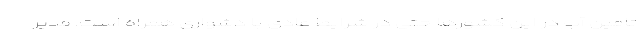
تامین آب در این کشورها حتی در شرایط عادی با دشواری همراه است. مدیر